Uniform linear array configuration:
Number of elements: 32
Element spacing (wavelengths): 0.25
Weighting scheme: uniform
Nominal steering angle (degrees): -15
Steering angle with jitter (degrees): -14.004
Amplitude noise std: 0.05
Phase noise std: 0.05

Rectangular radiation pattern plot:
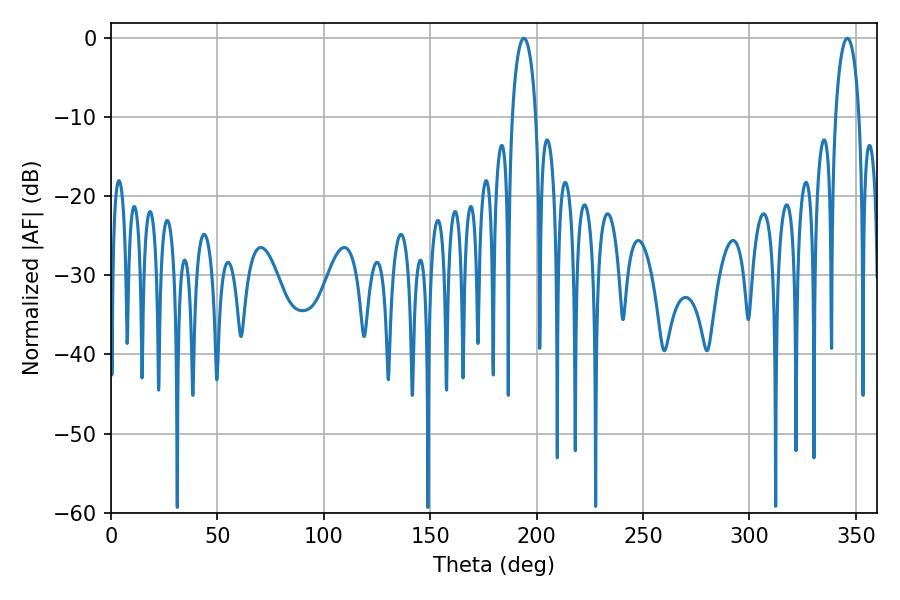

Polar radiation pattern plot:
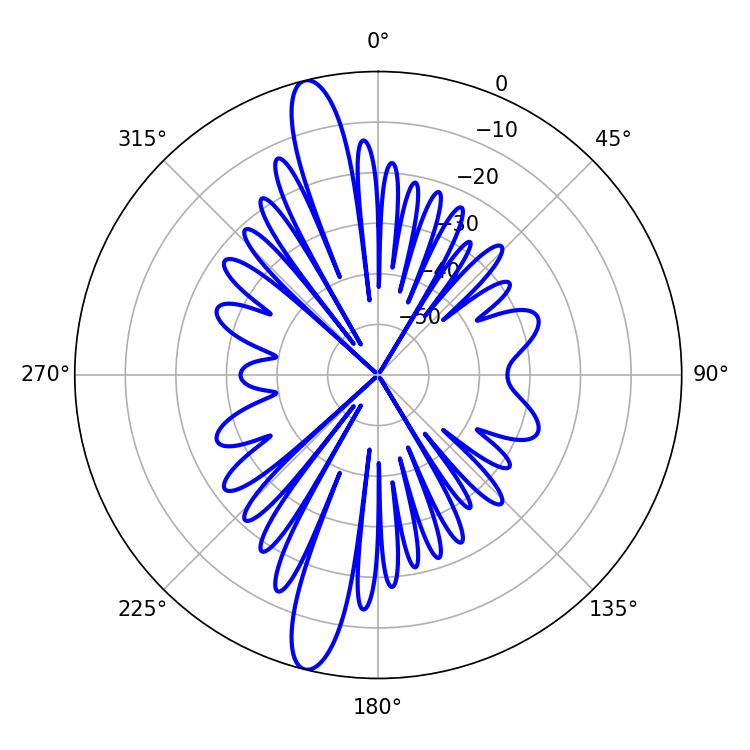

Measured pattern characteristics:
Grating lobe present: FALSE
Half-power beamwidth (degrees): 6.48
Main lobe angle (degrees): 194.04